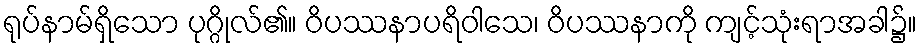
ရုပ်နာမ်ရှိသော ပုဂ္ဂိုလ်၏။ ဝိပဿနာပရိဝါသေ၊ ဝိပဿနာကို ကျင့်သုံးရာအခါ၌။